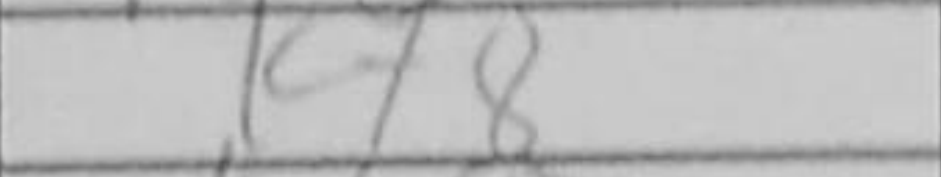
Transcription: Kf8